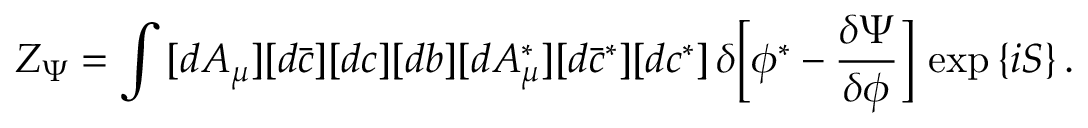
Z _ { \Psi } = \int \, [ d A _ { \mu } ] [ d \bar { c } ] [ d c ] [ d b ] [ d A _ { \mu } ^ { \ast } ] [ d \bar { c } ^ { \ast } ] [ d c ^ { \ast } ] \, \delta \Bigl [ \phi ^ { \ast } - \frac { \delta \Psi } { \delta \phi } \Bigr ] \, \exp \, \{ i S \} \, .